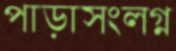
পাড়াসংলগ্ন